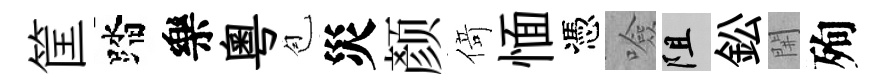
筐踏樂粵苞災颜𠋣愐憑噞阻鈆𨳩殉